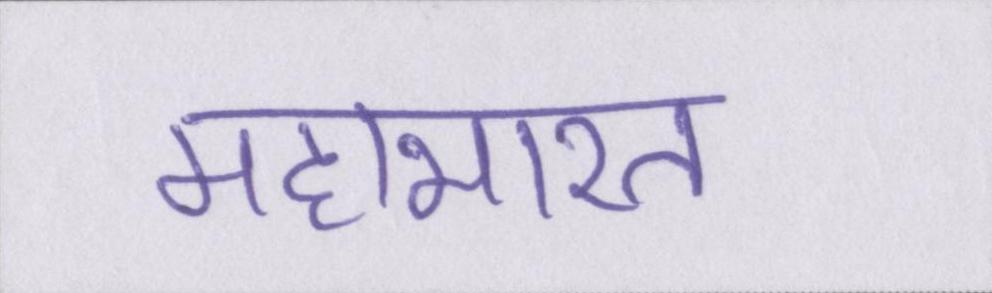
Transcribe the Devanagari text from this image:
महाभारत